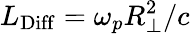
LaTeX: L_{\mathrm{Diff}}=\omega_{p}R_{\perp}^{2}/c